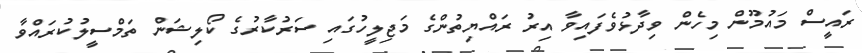
ރައީސް މައުމޫން މިހެން ވިދާޅުވެފައިވާ އިރު ރައްޔިތުންގެ މަޖިލީހުގައި ސަރުކާރުގެ ކޯލިޝަން ތަމްސީލުކުރައްވާ